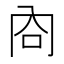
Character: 㕯